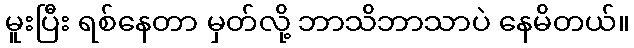
မူးပြီး ရစ်နေတာ မှတ်လို့ ဘာသိဘာသာပဲ နေမိတယ်။